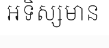
អទិស្សមាន